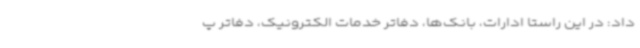
داد: در این راستا ادارات، بانک‌ها، دفاتر خدمات الکترونیک، دفاتر پ